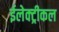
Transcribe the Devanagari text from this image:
ईलेक्ट्रीकल